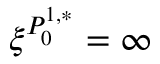
\xi ^ { P _ { 0 } ^ { 1 , * } } = \infty